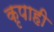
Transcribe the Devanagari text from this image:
कृपाही